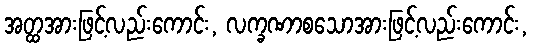
အတ္ထအားဖြင့်လည်းကောင်း, လက္ခဏာစသောအားဖြင့်လည်းကောင်း,